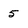
Character: 5